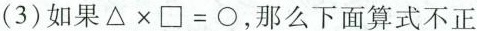
(3)如果$$\triangle \times \Box = \bigcirc$$，那么下面算式不正